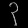
Digit: ၃